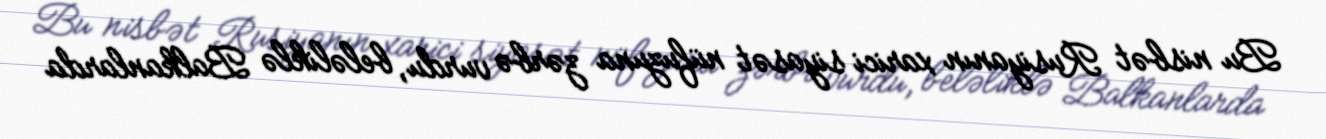
Bu nisbət Rusiyanın xarici siyasət nüfuzuna zərbə vurdu, beləliklə Balkanlarda